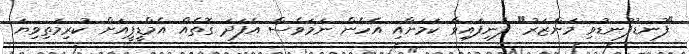
"ފުނޑުފުނޑުވި މަންޒަރު" ފެނިފައިވާ ކަމަށާއި އެހެން ނަމަވެސް އެފަދަ ގޮތެއް އެމްޑީޕީއަށް ކުރިމަތިވިޔަ